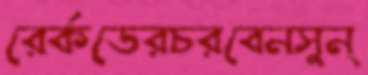
রের্কডেরচরবেনসুন্